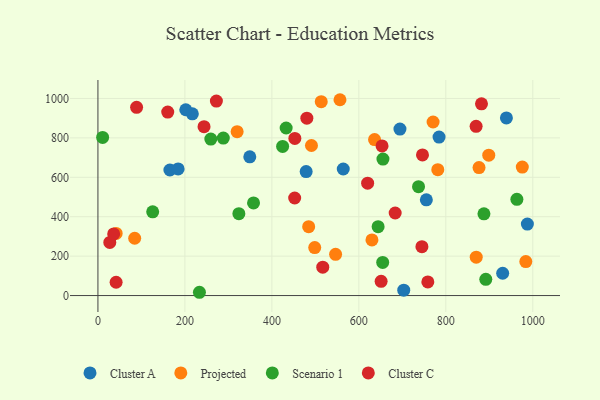
{"axis": {"x": "Speed", "y": "Exam Score"}, "legend": ["Cluster A", "Cluster C", "Projected", "Scenario 1"], "data": [{"x": "755.2", "y": 485.5, "type": "Cluster A"}, {"x": "217.1", "y": 922.2, "type": "Cluster A"}, {"x": "165.5", "y": 637.0, "type": "Cluster A"}, {"x": "478.8", "y": 629.1, "type": "Cluster A"}, {"x": "202.0", "y": 942.7, "type": "Cluster A"}, {"x": "349.2", "y": 704.0, "type": "Cluster A"}, {"x": "784.4", "y": 804.0, "type": "Cluster A"}, {"x": "564.1", "y": 642.1, "type": "Cluster A"}, {"x": "930.7", "y": 113.2, "type": "Cluster A"}, {"x": "987.5", "y": 362.4, "type": "Cluster A"}, {"x": "939.3", "y": 901.2, "type": "Cluster A"}, {"x": "703.2", "y": 27.5, "type": "Cluster A"}, {"x": "694.5", "y": 844.7, "type": "Cluster A"}, {"x": "184.4", "y": 642.7, "type": "Cluster A"}, {"x": "484.6", "y": 349.7, "type": "Projected"}, {"x": "630.1", "y": 282.2, "type": "Projected"}, {"x": "636.1", "y": 791.3, "type": "Projected"}, {"x": "975.8", "y": 652.0, "type": "Projected"}, {"x": "869.9", "y": 194.8, "type": "Projected"}, {"x": "781.5", "y": 638.5, "type": "Projected"}, {"x": "546.5", "y": 209.4, "type": "Projected"}, {"x": "513.5", "y": 983.5, "type": "Projected"}, {"x": "876.3", "y": 649.5, "type": "Projected"}, {"x": "498.5", "y": 243.6, "type": "Projected"}, {"x": "898.7", "y": 712.5, "type": "Projected"}, {"x": "84.5", "y": 290.6, "type": "Projected"}, {"x": "320.1", "y": 831.5, "type": "Projected"}, {"x": "770.7", "y": 880.7, "type": "Projected"}, {"x": "556.6", "y": 993.6, "type": "Projected"}, {"x": "41.9", "y": 315.4, "type": "Projected"}, {"x": "491.0", "y": 761.4, "type": "Projected"}, {"x": "983.9", "y": 172.4, "type": "Projected"}, {"x": "10.8", "y": 802.1, "type": "Scenario 1"}, {"x": "233.4", "y": 16.6, "type": "Scenario 1"}, {"x": "655.4", "y": 692.5, "type": "Scenario 1"}, {"x": "288.3", "y": 799.1, "type": "Scenario 1"}, {"x": "654.8", "y": 168.2, "type": "Scenario 1"}, {"x": "891.9", "y": 82.3, "type": "Scenario 1"}, {"x": "737.2", "y": 552.5, "type": "Scenario 1"}, {"x": "324.1", "y": 415.3, "type": "Scenario 1"}, {"x": "963.4", "y": 488.0, "type": "Scenario 1"}, {"x": "259.6", "y": 794.0, "type": "Scenario 1"}, {"x": "357.8", "y": 469.9, "type": "Scenario 1"}, {"x": "125.9", "y": 424.6, "type": "Scenario 1"}, {"x": "432.8", "y": 850.1, "type": "Scenario 1"}, {"x": "424.7", "y": 756.4, "type": "Scenario 1"}, {"x": "887.6", "y": 414.7, "type": "Scenario 1"}, {"x": "644.3", "y": 349.3, "type": "Scenario 1"}, {"x": "745.0", "y": 248.1, "type": "Cluster C"}, {"x": "651.2", "y": 72.3, "type": "Cluster C"}, {"x": "27.3", "y": 269.6, "type": "Cluster C"}, {"x": "653.3", "y": 759.0, "type": "Cluster C"}, {"x": "480.4", "y": 899.9, "type": "Cluster C"}, {"x": "452.8", "y": 797.0, "type": "Cluster C"}, {"x": "746.3", "y": 713.4, "type": "Cluster C"}, {"x": "88.9", "y": 955.0, "type": "Cluster C"}, {"x": "620.2", "y": 570.4, "type": "Cluster C"}, {"x": "160.5", "y": 930.8, "type": "Cluster C"}, {"x": "683.5", "y": 418.9, "type": "Cluster C"}, {"x": "272.4", "y": 986.7, "type": "Cluster C"}, {"x": "36.2", "y": 312.7, "type": "Cluster C"}, {"x": "452.4", "y": 495.0, "type": "Cluster C"}, {"x": "517.0", "y": 143.9, "type": "Cluster C"}, {"x": "41.8", "y": 67.4, "type": "Cluster C"}, {"x": "244.0", "y": 857.1, "type": "Cluster C"}, {"x": "882.0", "y": 973.0, "type": "Cluster C"}, {"x": "758.6", "y": 69.1, "type": "Cluster C"}, {"x": "869.6", "y": 858.6, "type": "Cluster C"}]}